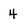
Character: 4